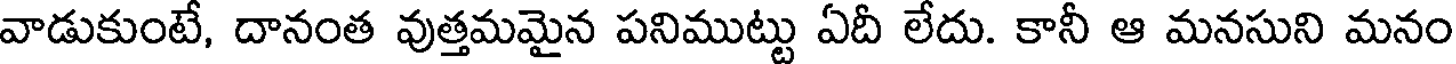
వాడుకుంటే, దానంత వుత్తమమైన పనిముట్టు ఏదీ లేదు. కానీ ఆ మనసుని మనం